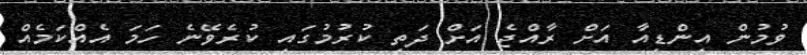
ވުމުން އިންޑިއާ އަށް ރާއްޖެ އަށް ދަތި ކުރުމުގައި ކުރެވޭނެ ހަމަ އެއްކަމެއް